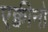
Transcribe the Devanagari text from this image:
एक्वीनो